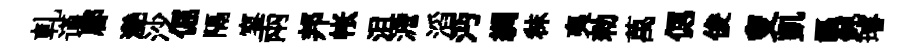
軋谨郿灧沙倔隔寥兩邦帐沮澹滔沔綢秣夷勑萬偲俊叟凱謳鈍璿